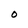
Character: 0